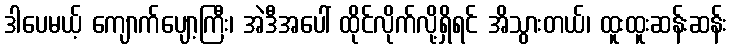
ဒါပေမယ့် ကျောက်ပျော့ကြီး၊ အဲဒီအပေါ် ထိုင်လိုက်လို့ရှိရင် အိသွားတယ်၊ ထူးထူးဆန်းဆန်း